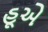
હૂએ